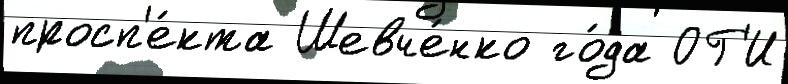
просп'е́кта Шевче́нко го́да ОГ'И